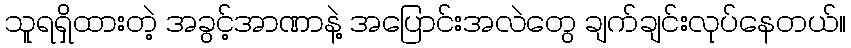
သူရရှိထားတဲ့ အခွင့်အာဏာနဲ့ အပြောင်းအလဲတွေ ချက်ချင်းလုပ်နေတယ်။